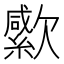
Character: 𣤭